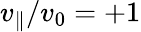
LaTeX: v_{\| }/v_{0}=+1